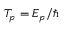
T _ { p } = E _ { p } / \hbar